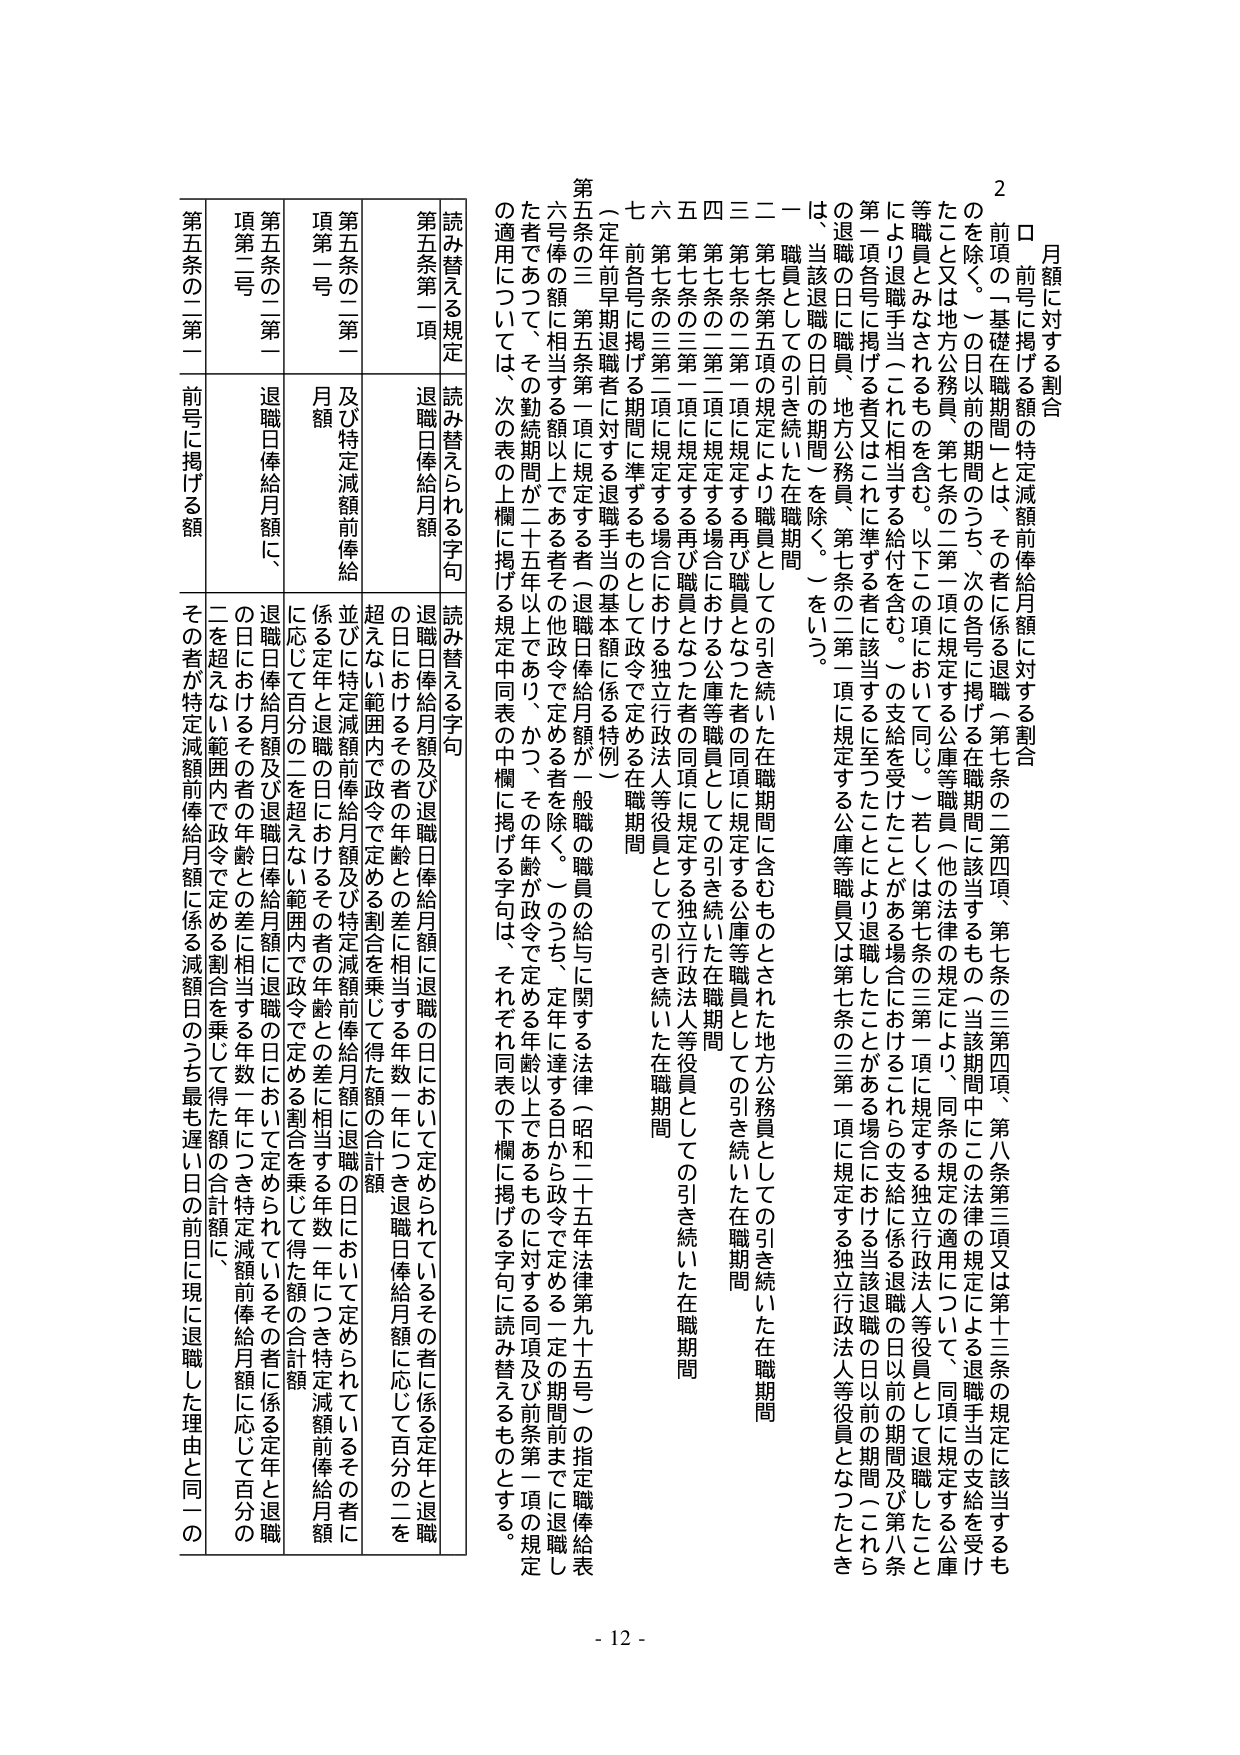
2
月額に対する割合
口 前号に掲げる額の特定減額前俸給月額に対する割合
のを除く。）の日以前の期間のうち、次の各号に掲げる在職期間に該当するもの（当該期間中にこの法律の規定による退職手当の支給を受けるも
たこと又は地方公務員、第七条の二第一項に規定する公庫等職員（他の法律の規定により、同条の規定の適用について、同項に規定する公庫
等職員とみなされるものを含む。以下この項において同じ。）若しくは第七条の三第一項に規定する独立行政法人等役員として退職したこと
により退職手当（これに相当する給付を含む。）の支給に係る場合におけるこれに係る退職の日以前の期間（これら
第一項各号に掲げる者又はこれに準ずる者に該当するに至ったことにより退職したことがある場合における当該退職の日以前の期間（これら
の退職の日に職員、地方公務員、第七条の二第一項に規定する公庫等職員又は第七条の三第一項に規定する独立行政法人等役員となったとき
は、当該退職の日前の期間）を除く。）をいう。
一 職員としての引き続いた在職期間
二 第七条第五項に規定により職員としての引き続いた在職期間に含むものとされた地方公務員としての引き続いた在職期間
三 第七条の二第一項に規定する再び職員となった者の同項に規定する公庫等職員としての引き続いた在職期間
四 第七条の二第二項に規定する場合における公庫等職員としての引き続いた在職期間
五 第七条の三第一項に規定する再び職員となった者の同項に規定する独立行政法人等役員としての引き続いた在職期間
六 第七条の三第二項に規定する場合における独立行政法人等役員としての引き続いた在職期間
七 前各号に掲げる期間に準ずるものとして政令で定める在職期間
（定年前早期退職者に対する退職手当の基本額に係る特例）
第五条の三 第五条第一項に規定する者（退職日俸給月額が一般職の職員の給与に関する法律（昭和二十五年法律第九十五号）の指定職俸給表
六号俸の額に相当する額以上である者その他政令で定める者を除く。）のうち、定年に達する日から政令で定める一定の期間前までに退職し
た者であつて、その勤続期間が二十五年以上であり、かつ、その年齢が政令で定める年齢以上であるものに対する同項及び前条第一項の規定
の適用については、次の表の上欄に掲げる規定中同表の中欄に掲げる字句は、それぞれ同表の下欄に掲げる字句に読み替えるものとする。

読み替える規定
読み替えられる字句
読み替える字句
第五条第一項
退職日俸給月額
退職日俸給月額及び退職日俸給月額に退職の日において定められているその者に係る定年と退職
の日におけるその者の年齢との差に相当する年数一年につき退職日俸給月額に応じて百分の二を
超えない範囲内で政令で定める割合を乗じて得た額の合計額
第五条の二第一項第一号
及び特定減額前俸給月額
並びに特定減額前俸給月額及び特定減額前俸給月額に相当する年数一年につき特定減額前俸給月額
に応じて百分の二を超えない範囲内で政令で定める割合を乗じて得た額の合計額
第五条の二第一項第二号
退職日俸給月額に、
退職日俸給月額及び退職日俸給月額に退職の日において定められているその者に係る定年と退職
の日におけるその者の年齢との差に相当する年数一年につき特定減額前俸給月額に応じて百分の
二を超えない範囲内で政令で定める割合を乗じて得た額の合計額に、
第五条の二第二
前号に掲げる額
その者が特定減額前俸給月額に係る減額日のうち最も遅い日の前日に現に退職した理由と同一の

- 12 -